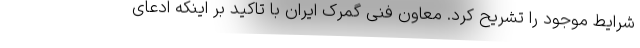
شرایط موجود را تشریح کرد. معاون فنی گمرک ایران با تاکید بر اینکه ادعای